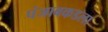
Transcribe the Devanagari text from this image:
पंजाबकडला